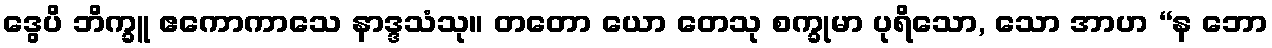
ဒွေပိ ဘိက္ခူ ဧကောကာသေ နာဒ္ဒသံသု။ တတော ယော တေသု စက္ခုမာ ပုရိသော, သော အာဟ “န ဘော